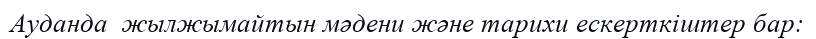
Ауданда  жылжымайтын мәдени және тарихи ескерткіштер бар: